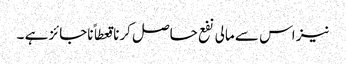
نیز اس سے مالی نفع حاصل کرنا قعطاً ناجائز ہے ۔